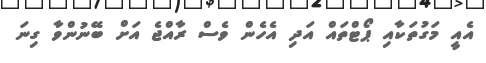
އެއީ މަގުތަކާއި ޕޯޓްތައް އަދި އެހެން ވެސް ރާއްޖެ އަށް ބޭނުންވާ ގިނަ